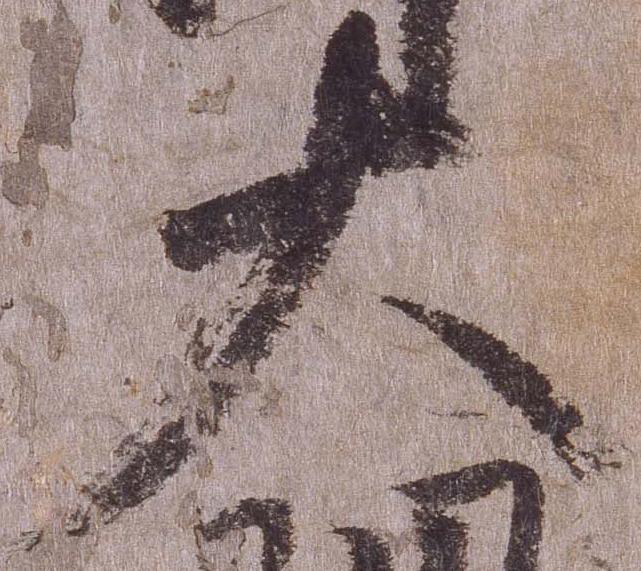
大